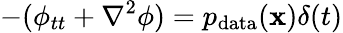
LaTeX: -(\phi_{tt}+\nabla^{2}\phi)=p_{\mathrm{data}}(\mathbf{x})\delta(t)